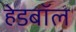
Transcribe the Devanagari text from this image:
हेडबॉल